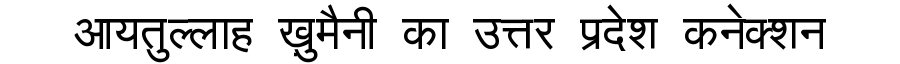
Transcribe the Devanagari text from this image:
आयतुल्लाह ख़ुमैनी का उत्तर प्रदेश कनेक्शन